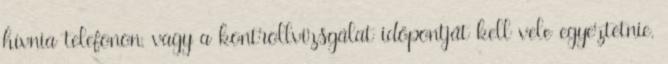
hívnia telefonon, vagy a kontrollvizsgálat időpontját kell vele egyeztetnie.